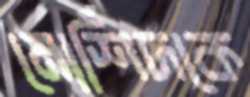
মোর্শিদকে